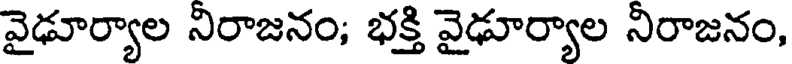
వైఢూర్యాల నిరాజనం; భక్తి వైఢూర్యాల నిరాజనం,